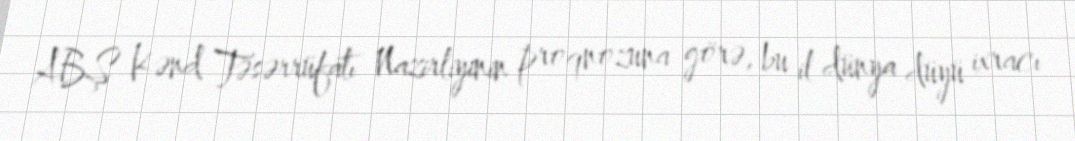
ABŞ Kənd Təsərrüfatı Nazirliyinin proqnozuna görə, bu il dünya düyü ixracı